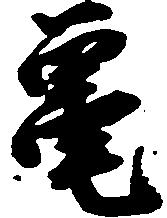
亀